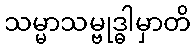
သမ္မာသမ္ဗုဒ္ဓါမှာတိ